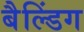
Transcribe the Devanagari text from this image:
बैल्डिंग